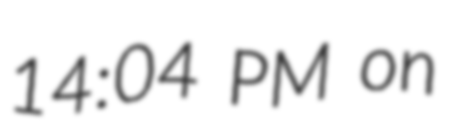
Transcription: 14:04 PM on